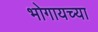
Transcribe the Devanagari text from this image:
भोगायच्या